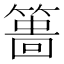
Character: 𥲞